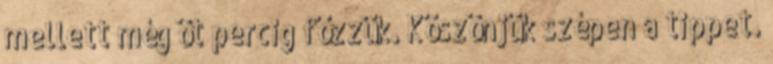
mellett még öt percig főzzük. Köszönjük szépen a tippet.